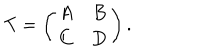
LaTeX: T = \left( \begin{array} { c c } { { A } } & { { B } } \\ { { C } } & { { D } } \\ \end{array} \right) .